Vaccination in Burma 1912-1922 - 1912-1922
Year: 1912
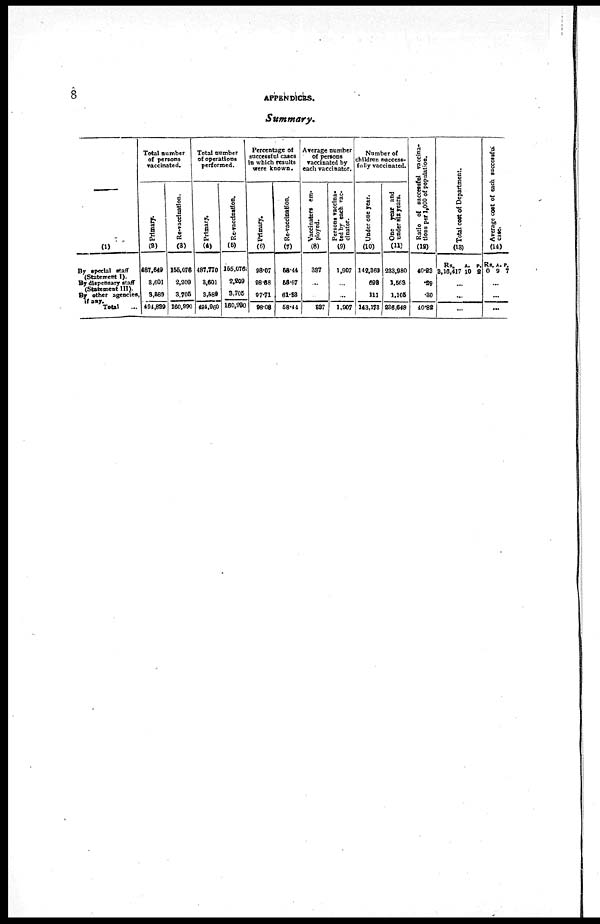
8
APPENDICES.
Summary.
—
(1)
By special staff
(Statement I).
By dispensary staff
(Statement III).
By other agencies,
if any.
Total ...
Total number
of persons
vaccinated.
Primary.
(2)
487,649
3,601
3,589
494,839
Re-vaccination.
(3)
155,076
2,209
3,705
160,990
Total number
of operations
performed.
Primary.
(4)
487,770
3,601
3,589
494,960
Re-vaccination.
(5)
155,076
2,209
3,705
160,990
Percentage of
successful cases
in which results
were known.
Primary.
(6)
98.07
98.68
97.71
96.06
Re-vaccination.
(7)
58.44
55.57
61.33
58.44
Average number
of persons
vaccinated by
each vaccinator.
Vaccinators em-
ployed.
(8)
397
...
...
337
Persons vaccina-
ted by each vac-
cinator.
(9)
1,907
...
...
1,907
Number of
children success-
fully vaccinated.
Under one year.
(10)
142,369
693
111
143,173
One year and
under six years.
(11)
233.980
1,568
1,105
236,648
Ratio of successful vaccina-
tions per 1,000 of population.
(12)
40.98
.29
.30
40.82
Total cost of Department.
(13)
Rs.
3,16,417
A.
10
P.
2
...
...
...
Average cost of each successful
case.
(14)
Rs.
0
A.
9
P.
7
...
...
...